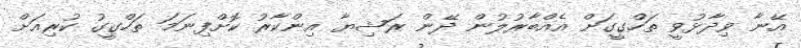
އޭނާ ވިދާޅުވީ ތަހްގީގަށް އެއްބާރުލުން ދޭން ރަޝިޔާ އިންކާރު ކޮށްފިނަމަ ތަހްގީގު ކުރިއަށް